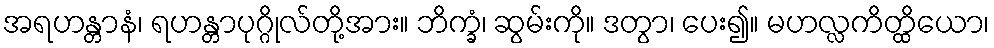
အရဟန္တာနံ၊ ရဟန္တာပုဂ္ဂိုလ်တို့အား။ ဘိက္ခံ၊ ဆွမ်းကို။ ဒတွာ၊ ပေး၍။ မဟလ္လကိတ္ထိယော၊